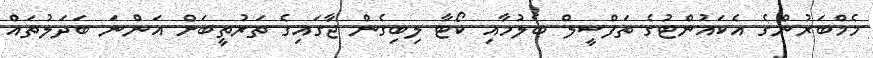
މެމްބަރުންގެ އެކައުންޓުގެ ތަފްސީލް ބެލުމާއި ކޯޓާ ލިބިގެން ޖާގައިގެ ތަރުތީބަށް އަންނަ ބަދަލުތައް